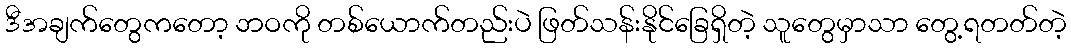
ဒီအချက်တွေကတော့ ဘဝကို တစ်ယောက်တည်းပဲ ဖြတ်သန်းနိုင်ခြေရှိတဲ့ သူတွေမှာသာ တွေ့ရတတ်တဲ့